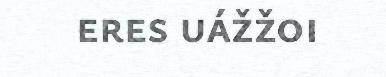
eres uážžoi